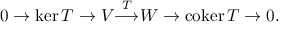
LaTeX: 0 \to \ker T \to V { \overset { T } { \longrightarrow } } W \to \operatorname { c o k e r } T \to 0 .